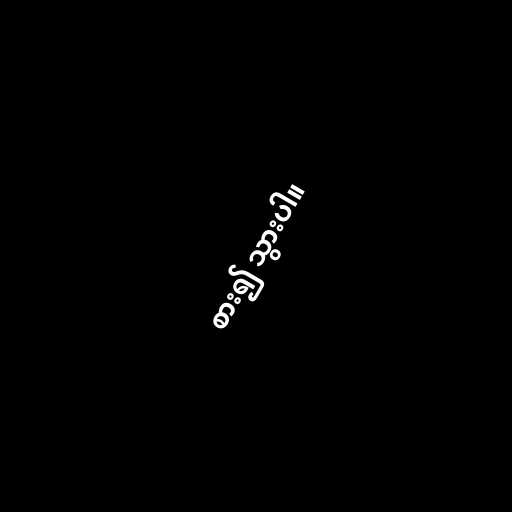
စား၍ သွားပါ။